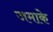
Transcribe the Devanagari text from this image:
जमाके